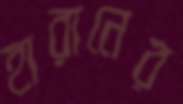
হারানের